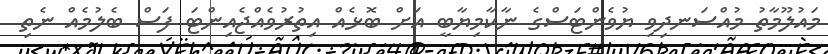
މައުލޫމާތު މުއްސަނދިވި ޔުވެންޓަސްގެ ނާކާމިޔާބީ އަށް ބޮޅެއް އިތުރުވެއްޖެއިންޓަ ފަސް ބެލުމެއް ނެތި